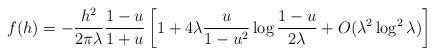
LaTeX: \begin{align*} f(h)=-\frac{h^2}{2\pi\lambda}\frac{1-u}{1+u}\left[1+4\lambda\frac {u}{1-u^2}\log\frac{1-u}{2\lambda}+O(\lambda^2\log^2\lambda)\right]\end{align*}